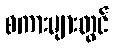
စကားများတွင်